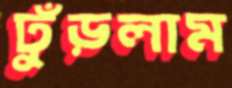
ঢুঁড়লাম